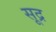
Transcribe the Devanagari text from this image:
सूद्र